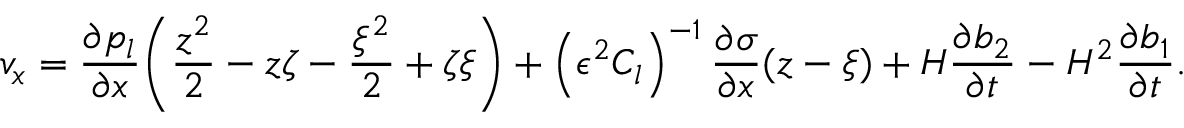
v _ { x } = \frac { \partial p _ { l } } { \partial x } \bigg ( \frac { z ^ { 2 } } { 2 } - z \zeta - \frac { \xi ^ { 2 } } { 2 } + \zeta \xi \bigg ) + \left( \epsilon ^ { 2 } C _ { l } \right) ^ { - 1 } \frac { \partial \sigma } { \partial x } ( z - \xi ) + H \frac { \partial b _ { 2 } } { \partial t } - H ^ { 2 } \frac { \partial b _ { 1 } } { \partial t } .